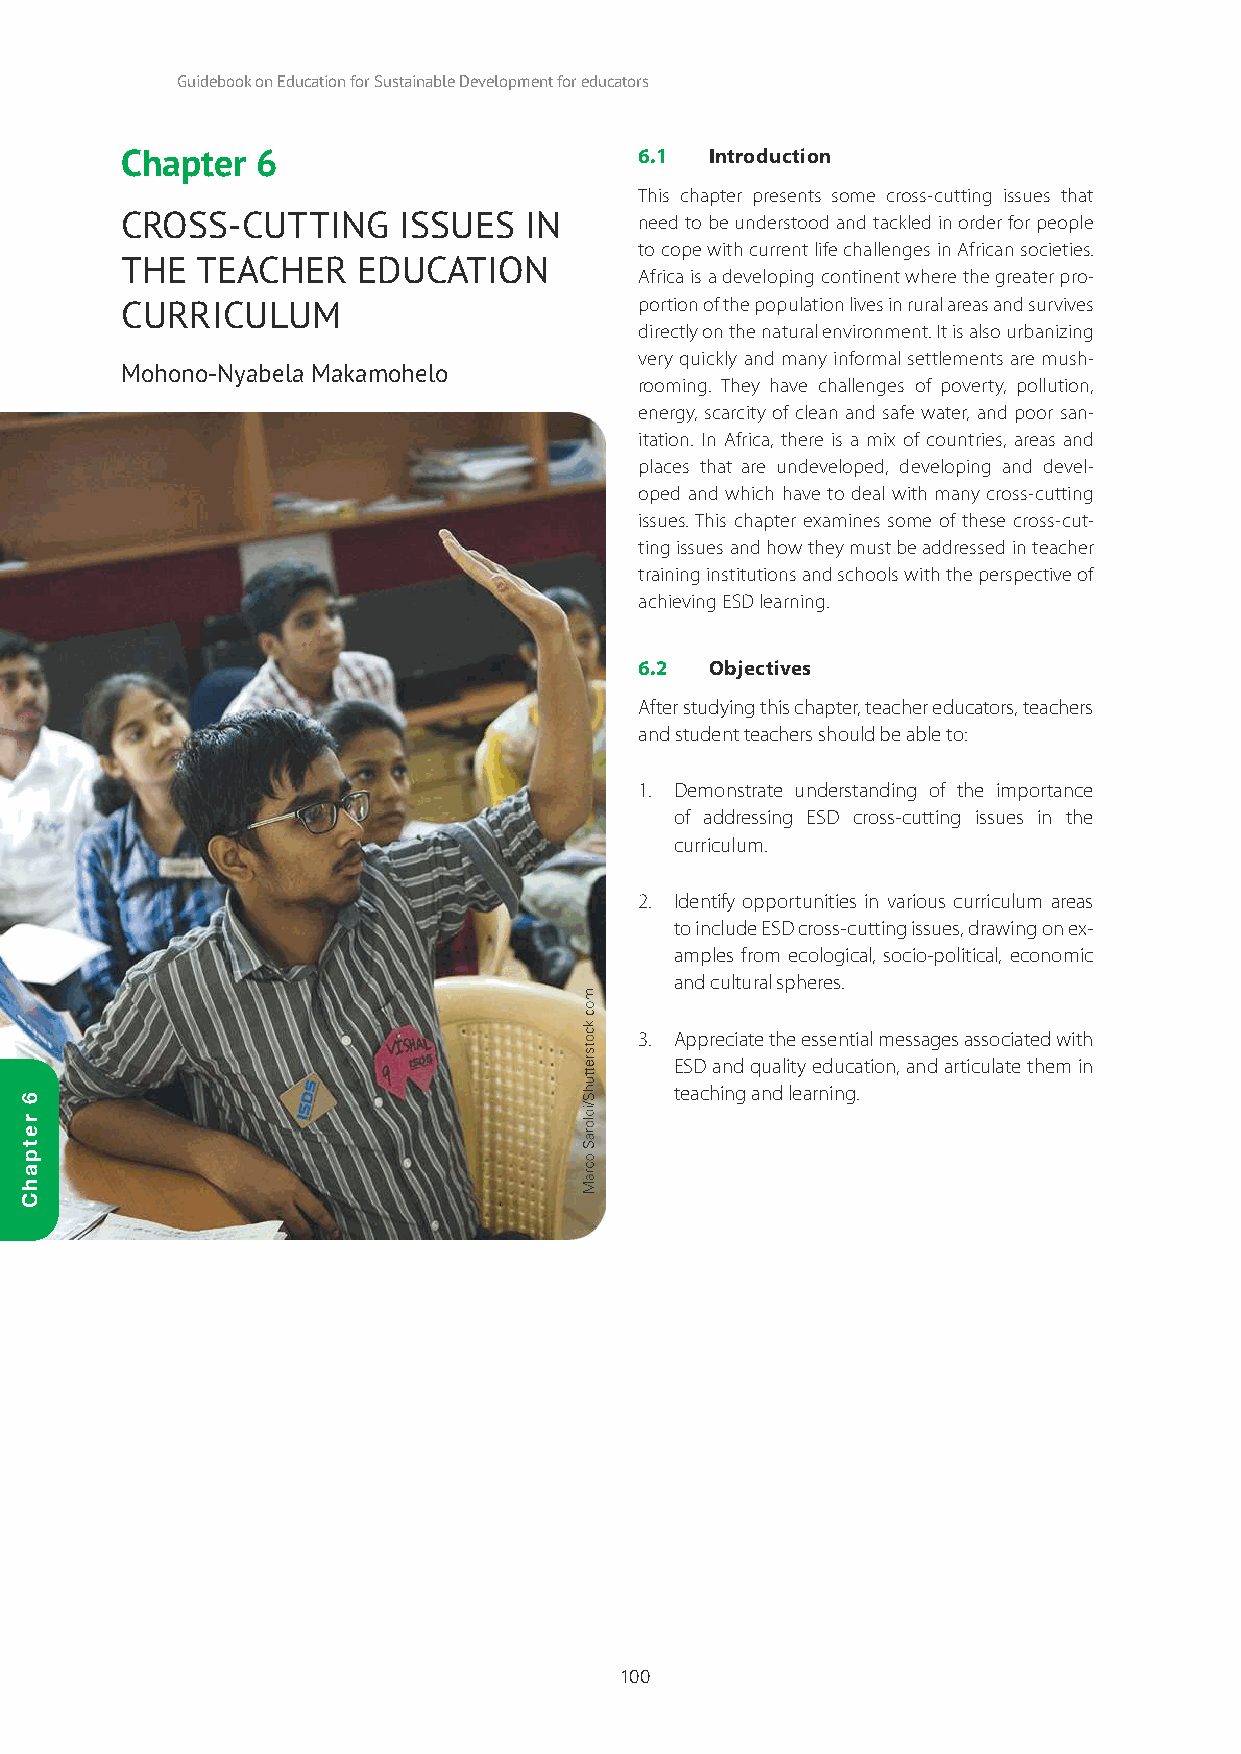
Guidebook on Education for Sustainable Development for educators
 Chapter  6                        6.1  Introduction
 This chapter presents some cross-cutting issues that
 CROSS-CUTTING     ISSUES   IN     need to be understood and tackled in order for people
 to cope with current life challenges in African societies.
 THE  TEACHER    EDUCATION
 Africa is a developing continent where the greater pro-
 portion of the population lives in rural areas and survives
 CURRICULUM
 directly on the natural environment. It is also urbanizing
 very quickly and many informal settlements are mush-
 Mohono-Nyabela Makamohelo
 rooming. They have challenges of poverty, pollution,
 energy, scarcity of clean and safe water, and poor san-
 itation. In Africa, there is a mix of countries, areas and
 places that are undeveloped, developing and devel-
 oped and which have to deal with many cross-cutting
 issues. This chapter examines some of these cross-cut-
 ting issues and how they must be addressed in teacher
 training institutions and schools with the perspective of
 achieving ESD learning.
 6.2  Objectives
 After studying this chapter, teacher educators, teachers
 and student teachers should be able to:
 1. Demonstrate understanding of the importance
 of addressing ESD cross-cutting issues in the
 curriculum.
 2. Identify opportunities in various curriculum areas
 to include ESD cross-cutting issues, drawing on ex-
 amples from ecological, socio-political, economic
 and cultural spheres.
 3. Appreciate the essential messages associated with
 ESD and quality education, and articulate them in
 teaching and learning.
 100
 6
 retpahC
 moc.kcotsrettuhS/idloraS
 ocraM